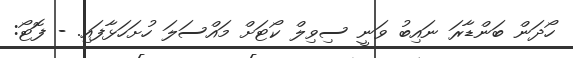
ހޯދަން ބަންޑާރަ ނައިބު ވަނީ ސިވިލް ކޯޓަށް މައްސަލަ ހުށަހަޅާފައި. - ފޮޓޯ: